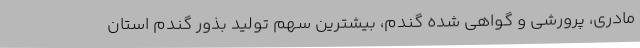
مادری، پرورشی و گواهی شده گندم، بیشترین سهم تولید بذور گندم استان